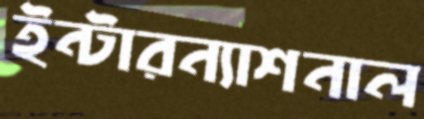
ইন্টারন্যাশনাল